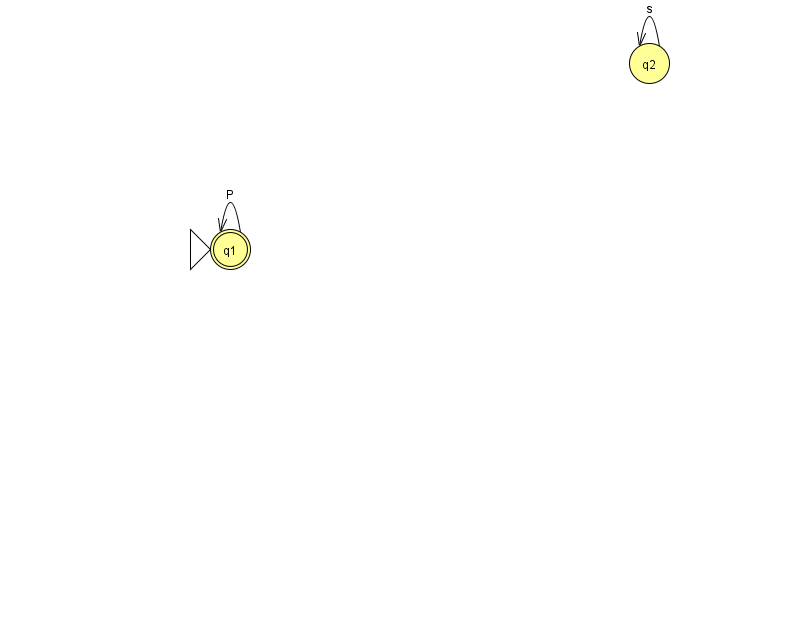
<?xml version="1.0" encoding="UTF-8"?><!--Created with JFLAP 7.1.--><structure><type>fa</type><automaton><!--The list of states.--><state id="1" name="q1"><x>230.0</x><y>236.0</y><initial/><final/></state><state id="2" name="q2"><x>649.0</x><y>50.0</y></state><!--The list of transitions.--><transition><from>1</from><to>1</to><read>P</read></transition><transition><from>2</from><to>2</to><read>s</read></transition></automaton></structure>